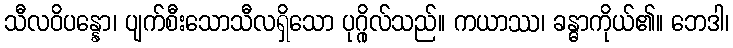
သီလဝိပန္နော၊ ပျက်စီးသောသီလရှိသော ပုဂ္ဂိုလ်သည်။ ကယာဿ၊ ခန္ဓာကိုယ်၏။ ဘေဒါ၊